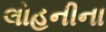
લોહનીના